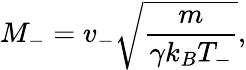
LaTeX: M_{-}=v_{-}\sqrt{\frac{m}{\gamma k_{B}T_{-}}},